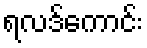
ရလဒ်ကောင်း